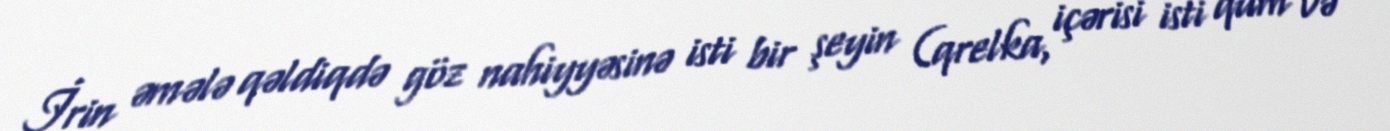
İrin əmələ qəldiqdə göz nahiyyəsinə isti bir şeyin (qrelka, içərisi isti qum və